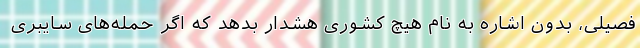
فصیلی، بدون اشاره به نام هیچ کشوری هشدار بدهد که اگر حمله‌های سایبری